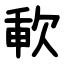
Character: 㰱